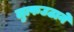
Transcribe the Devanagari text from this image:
लुत्फउठाने